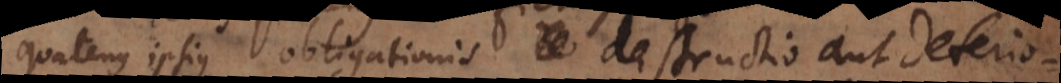
Quatenus ipsius obligationis destructio aut deteriora